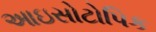
આઇસોટોપિક